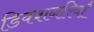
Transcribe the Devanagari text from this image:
डिक्शनरियाँ